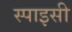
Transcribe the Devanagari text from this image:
स्‍पाइसी